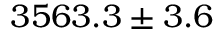
3 5 6 3 . 3 \pm 3 . 6